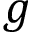
g